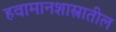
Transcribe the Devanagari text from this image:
हवामानशास्त्रातील